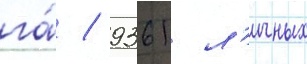
га́ / 9361 л'ичных